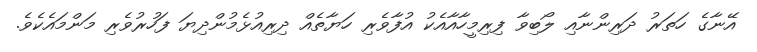
އޭނާގެ ހަތަރު ދަރިންނާއި ލޯބިވާ ފިރިމީހާއާއެކު އުފާވެރި ހަޔާތެއް ދިރިއުޅެމުންދިޔަ ފަހުރުވެރި މަންމައެކެވެ.